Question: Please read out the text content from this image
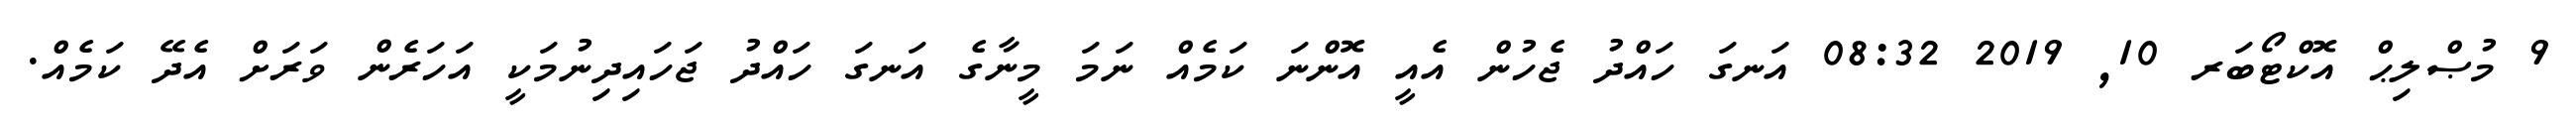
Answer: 9 މުޞްލިޙް އޮކްޓޯބަރ 10, 2019 08:32 އަނގަ ހައްދު ޖެހުން އެއީ އޮންނަ ކަމެއް ނަމަ މީނާގެ އަނގަ ހައްދު ޖަހައިދިނުމަކީ އަހަރެން ވަރަށް އެދޭ ކަމެއް.